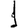
Digit: 1